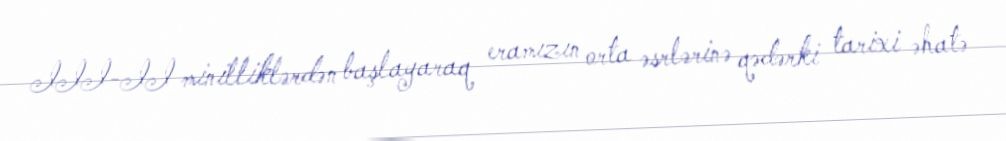
III-II minilliklərdən başlayaraq eramızın orta əsrlərinə qədərki tarixi əhatə